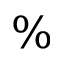
\%